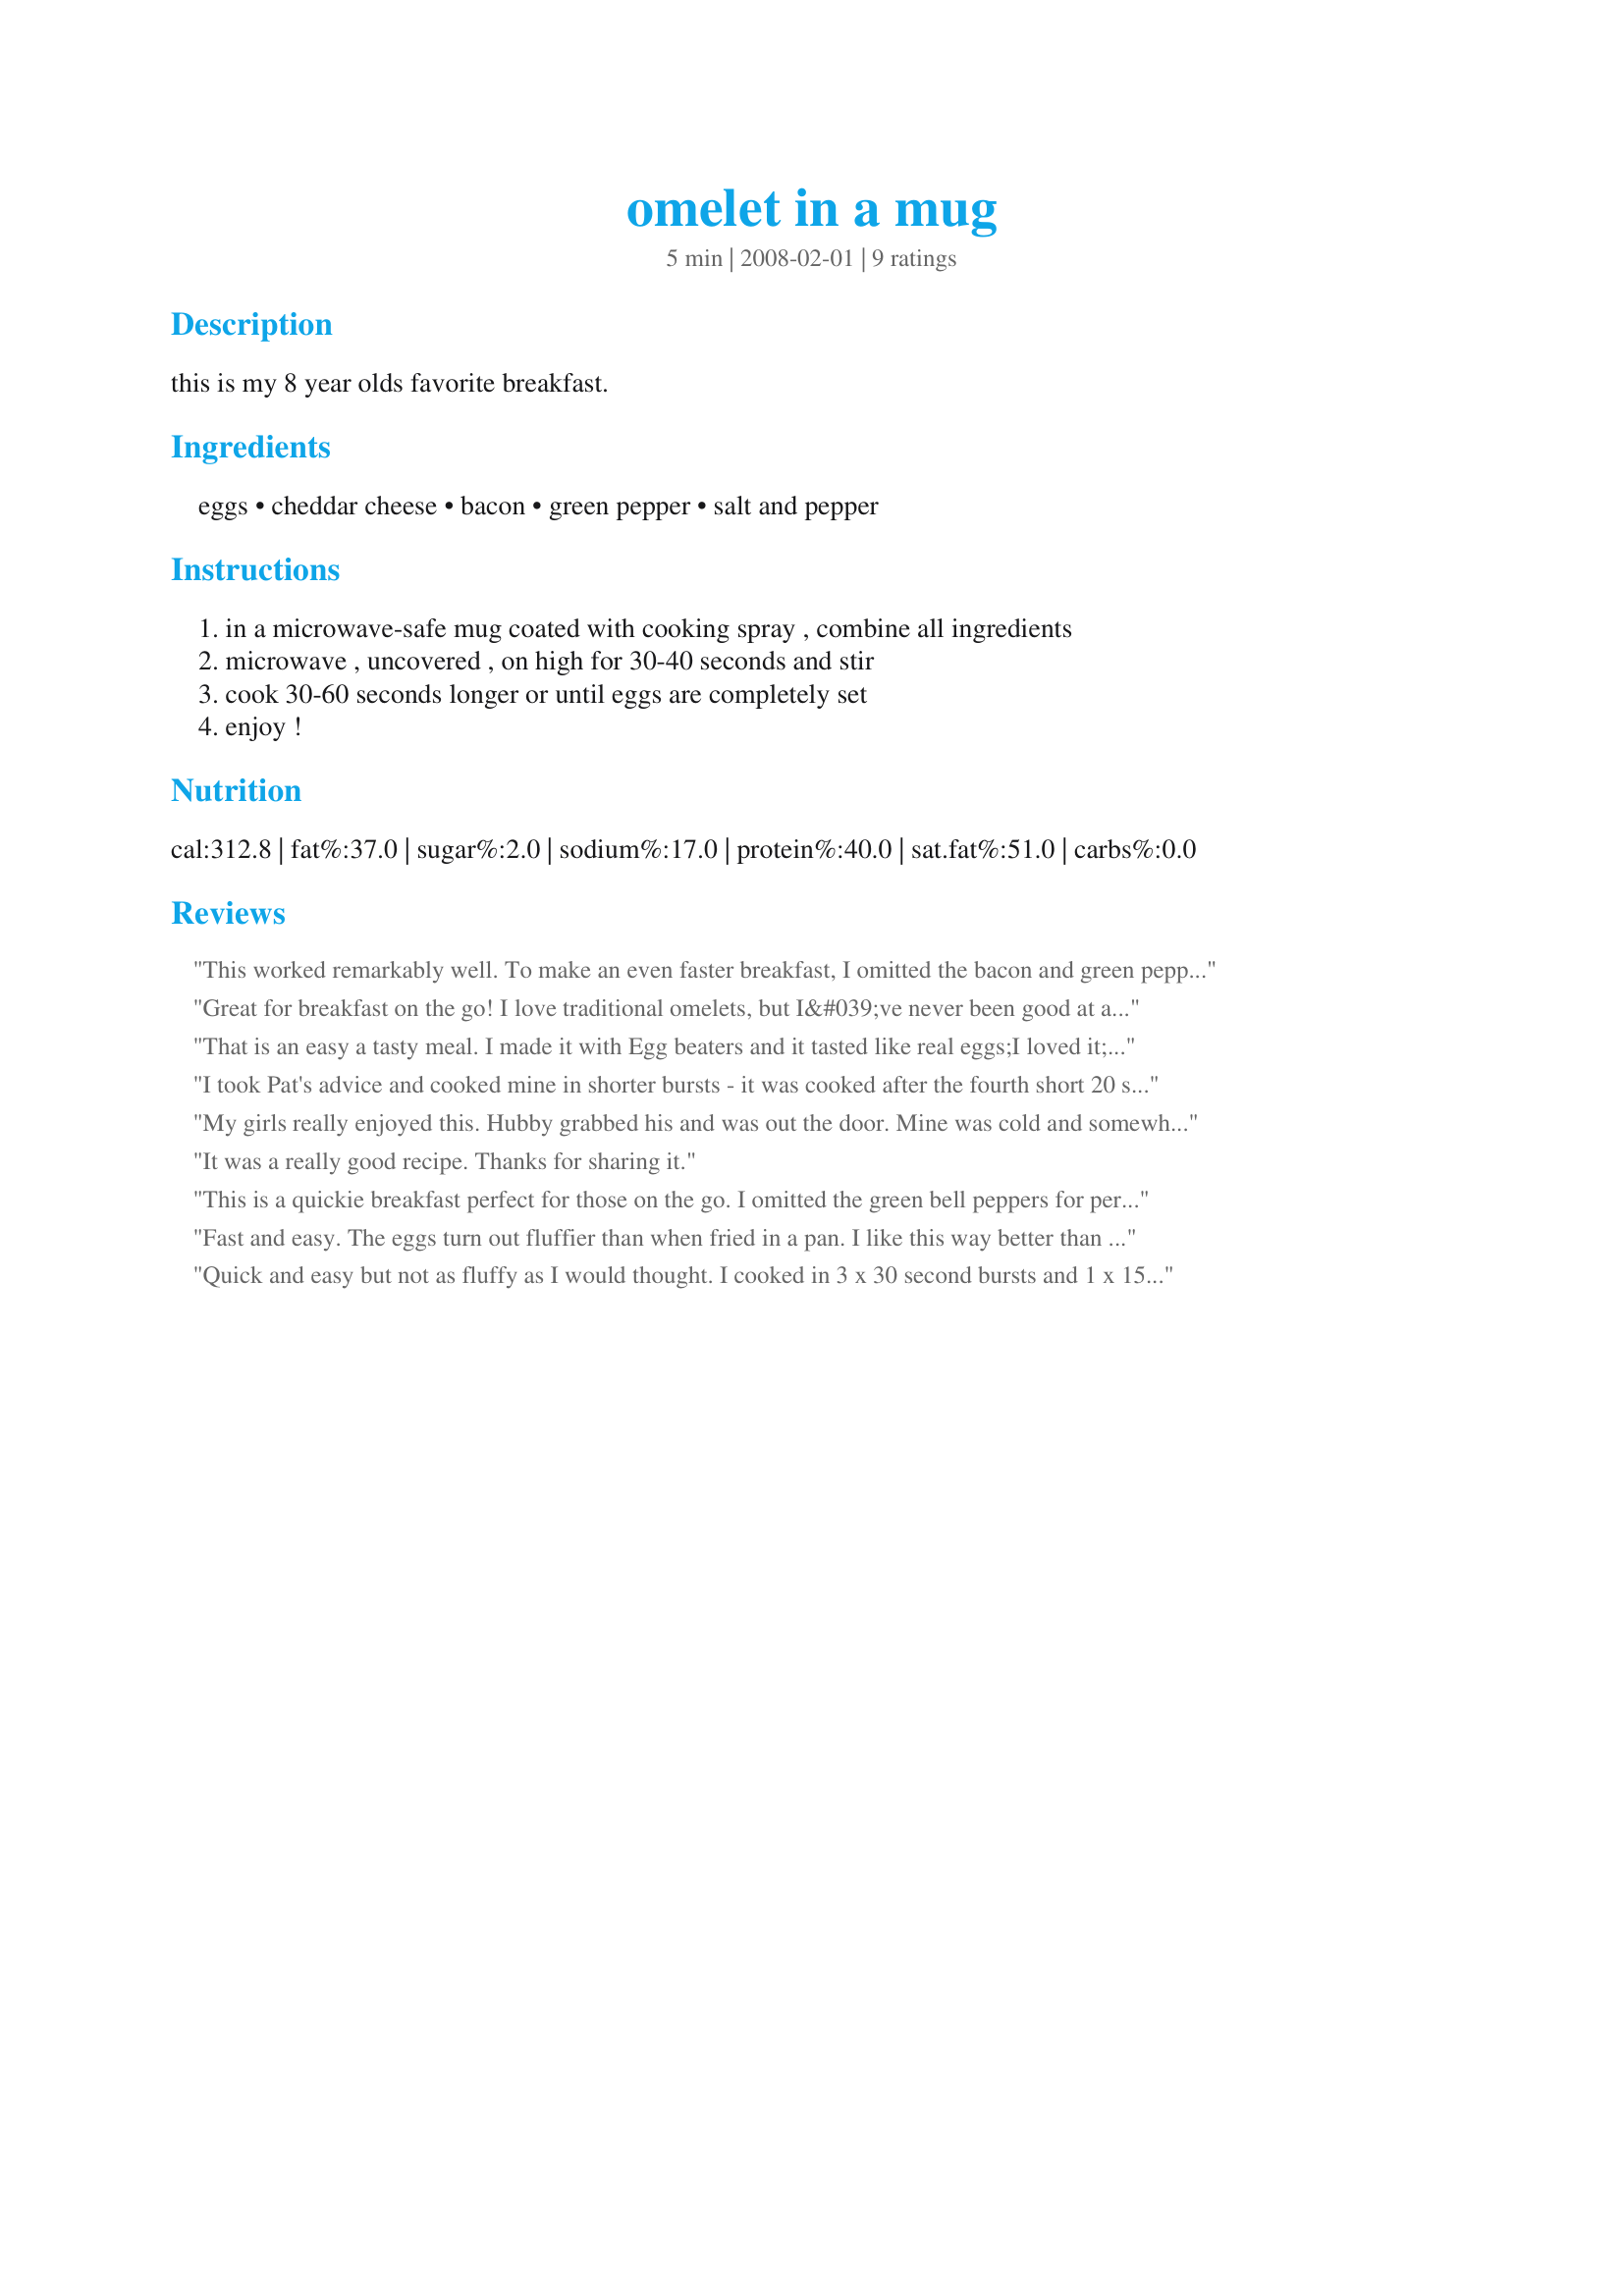
omelet in a mug
Preparation time: 5 minutes

this is my 8 year olds favorite breakfast.

Ingredients:
eggs, cheddar cheese, bacon, green pepper, salt and pepper

Steps:
in a microwave-safe mug coated with cooking spray , combine all ingredients, microwave , uncovered , on high for 30-40 seconds and stir, cook 30-60 seconds longer or until eggs are completely set, enjoy !

Reviews:
This worked remarkably well. To make an even faster breakfast, I omitted the bacon and green pepper, and this meal took one and a half minutes start to eating. Next time I will use a one cup pyrex cup so I can see when the bottom of the egg is cooked.
Great for breakfast on the go! I love traditional omelets, but I&#039;ve never been good at actually getting them out of the pan, so making them in a mug and just tipping it out onto the plate is much better for clumsy me! Really nice and fluffy and loved the additions.
That is an easy a tasty meal. I made it with Egg beaters and it tasted like real eggs;I loved it;but Idid have to cook it another 30 seconds. I made this for 123 Tag game; thanks for posting. Rita
I took Pat's advice and cooked mine in shorter bursts - it was cooked after the fourth short 20 second burst! I left it in the mug to continue cooking and it was ready to eat after about a minute. A great idea - must be wonderful for busy mums before school in the morning! Mine was not as fluffy as I expected either, but is IS difficult to get that light and fluffy texture when you cook in the microwave. A wonderful idea and great recipe nevertheless! No photos sorry, it did not look very attractive - but tasted delicious - great combo of cheese and cooked bacon bits! Made for the Aussie and NZ recipe Swap #19 - thanks for being such a great teammie!! FT:-)
My girls really enjoyed this. Hubby grabbed his and was out the door. Mine was cold and somewhat firm by the time I got to eat it. :( I made this in 4 separate mugs so that we could each have ours with the ingredients and seasonings we prefer. We had our bacon separate because it wasn't ready yet when we were, but I'd really like to try this with bacon. (Maybe tomorrow with today's leftover bacon!) We didn't have green peppers in the house, but my husband and I had a little diced onion in ours. Onions end up a little strong in this, but still tasty. Cooking 4 of these in my old microwave was a challenge. I think I'll pop each in individually next time, because my micro does not rotate the food, and it cooks very unevenly. (Can't wait until we can remodel our kitchen and replace it!) I'll definitely take the carryover cooking time that's usually mentioned in micro recipes into account next time. In a hot mug, the eggs continue to cook and set, so a little less cooking time and letting this stand 5 minutes before eating should result in perfect eggs! Thanks for a quick way for all of us to get a hot breakfast in the morning! We served with Parsley's Recipe #122939 and orange juice. 4 yr old rides the bus for an HOUR--this is a great way to fill her up early in the morning!
It was a really good recipe. Thanks for sharing it.
This is a quickie breakfast perfect for those on the go.
I omitted the green bell peppers for personal preference and added a dash of garlic powder also.
the eggs rise up out of the mug during the last few seconds and it is fun to watch.
While I still prefer my eggs/omelets cooked in a pan with butter, this is a great alternative.
Fast and easy. The eggs turn out fluffier than when fried in a pan. I like this way better than a traditional omelet. What a great way to make a nutritious hot breakfast for school mornings!
Quick and easy but not as fluffy as I would thought. I cooked in 3 x 30 second bursts and 1 x 15 seconds in a 900W microwave. Next time I will make it shorter bursts and then I think I will get the fluffiness. I used a sharp vintage cheddar, diced smoked ham and chives. Thank you Bmcnichol, made for Please Review My Recipe - tag game.
